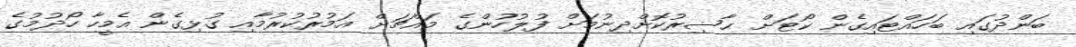
ބަންދުގައި ބަހައްޓައިގެން ކޯޓަށް ޙާޟިރުކޮށްދިނުމަށް ފުލުހުންގެ މައްޗަށް އަމުރުކުރުމާއި ގުޅިގެން އެމީހާ ހޯދުމުގެ